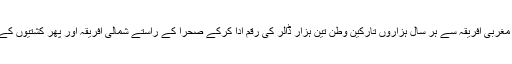
اقوام متحدہ کے اندازوں کے مطابق مغربی افریقہ سے ہر سال ہزاروں تارکین وطن تین ہزار ڈالر کی رقم ادا کرکے صحرا کے راستے شمالی افریقہ اور پھر کشتیوں کے راستے یورپ میں داخل ہوتے ہیں۔